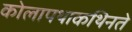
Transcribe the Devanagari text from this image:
कोलापथाकथिनते